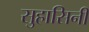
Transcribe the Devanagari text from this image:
सुहासिनीं